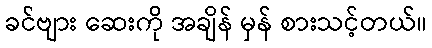
ခင်ဗျား ဆေးကို အချိန် မှန် စားသင့်တယ်။